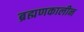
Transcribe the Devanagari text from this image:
ब्रह्मणकालीन